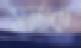
সুনকে